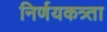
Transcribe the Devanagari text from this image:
निर्णयकत्र्ता